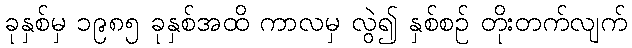
ခုနှစ်မှ ၁၉၈၅ ခုနှစ်အထိ ကာလမှ လွဲ၍ နှစ်စဉ် တိုးတက်လျက်